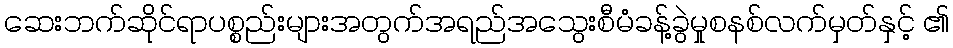
ဆေးဘက်ဆိုင်ရာပစ္စည်းများအတွက်အရည်အသွေးစီမံခန့်ခွဲမှုစနစ်လက်မှတ်နှင့် ၏